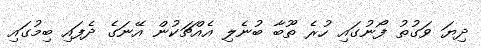
ދިޔަ ވަގުތު ފޯނުގައި ހުރެ ތޫބާ ބުނެލި އެއްޗަކުން އޭނަގެ ދެފައި ބިމުގައި